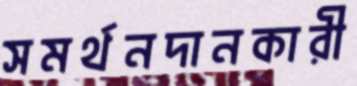
সমর্থনদানকারী